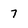
Character: 7